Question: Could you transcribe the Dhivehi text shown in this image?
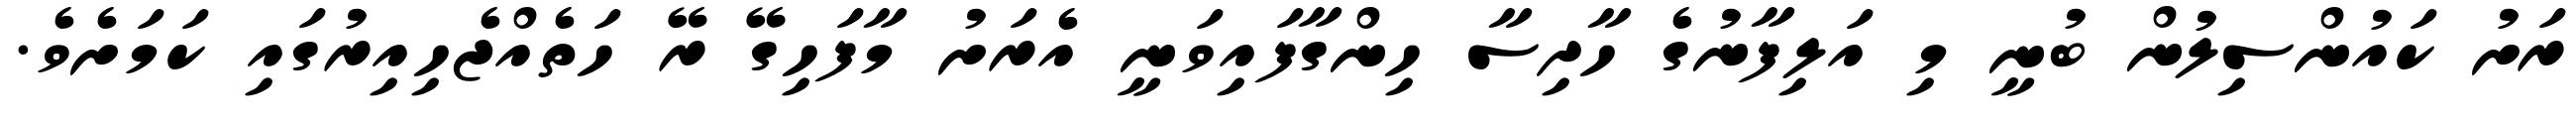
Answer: ރަށު ކައުންސިލުން ބުނީ މި އަލިފާނުގެ ހާދިސާ ހިންގާފައިވަނީ އެރަށު މާފަހިގޭ ރޭ ހަތެއްޖެހިއިރުގައި ކަމަށެވެ.